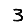
Digit: 3